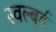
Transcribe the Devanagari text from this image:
स्वल्बर्ड